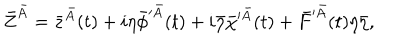
LaTeX: \bar { Z } ^ { \bar { A } } = \bar { z } ^ { \bar { A } } ( t ) + i \eta \bar { \phi } ^ { \prime \bar { A } } ( t ) + i \bar { \eta } \bar { \chi } ^ { \prime \bar { A } } ( t ) + \bar { F } ^ { \prime \bar { A } } ( t ) \eta \bar { \eta } ,